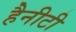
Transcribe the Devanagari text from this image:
हैनीटी